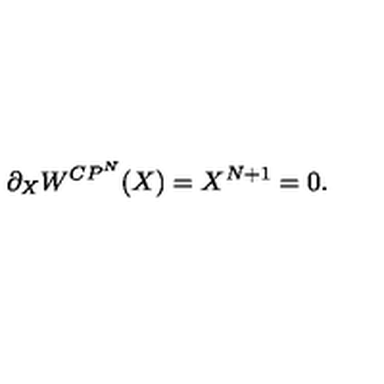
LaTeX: \partial _ { X } W ^ { C P ^ { N } } ( X ) = X ^ { N + 1 } = 0 .